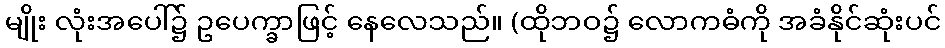
မျိုး လုံးအပေါ်၌ ဥပေက္ခာဖြင့် နေလေသည်။ (ထိုဘဝ၌ လောကဓံကို အခံနိုင်ဆုံးပင်